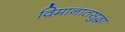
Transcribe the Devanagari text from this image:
विमानातसुद्धा